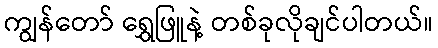
ကျွန်တော် ရွှေဖြူနဲ့ တစ်ခုလိုချင်ပါတယ်။